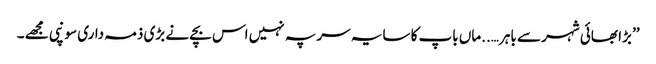
’’ بڑا بھائی شہر سے باہر…..ماں باپ کا سایہ سر پہ نہیں اس بچے نے بڑی ذمہ داری سونپی مجھے ۔